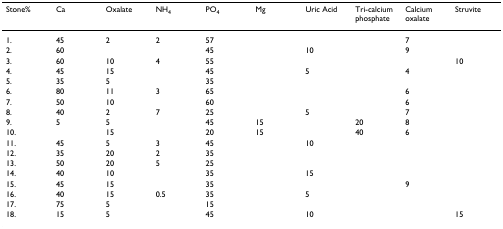
<table><thead><tr><td><b>Stone%</b></td><td><b>Ca</b></td><td><b>Oxalate</b></td><td><b>NH<sub>4</sub></b></td><td><b>PO<sub>4</sub></b></td><td><b>Mg</b></td><td><b>Uric Acid</b></td><td><b>Tri-calcium phosphate</b></td><td><b>Calcium oxalate</b></td><td><b>Struvite</b></td></tr></thead><tbody><tr><td>1.</td><td>45</td><td>2</td><td>2</td><td>57</td><td></td><td></td><td></td><td>7</td><td></td></tr><tr><td>2.</td><td>60</td><td></td><td></td><td>45</td><td></td><td>10</td><td></td><td>9</td><td></td></tr><tr><td>3.</td><td>60</td><td>10</td><td>4</td><td>55</td><td></td><td></td><td></td><td></td><td>10</td></tr><tr><td>4.</td><td>45</td><td>15</td><td></td><td>45</td><td></td><td>5</td><td></td><td>4</td><td></td></tr><tr><td>5.</td><td>35</td><td>5</td><td></td><td>35</td><td></td><td></td><td></td><td></td><td></td></tr><tr><td>6.</td><td>80</td><td>11</td><td>3</td><td>65</td><td></td><td></td><td></td><td>6</td><td></td></tr><tr><td>7.</td><td>50</td><td>10</td><td></td><td>60</td><td></td><td></td><td></td><td>6</td><td></td></tr><tr><td>8.</td><td>40</td><td>2</td><td>7</td><td>25</td><td></td><td>5</td><td></td><td>7</td><td></td></tr><tr><td>9.</td><td>5</td><td>5</td><td></td><td>45</td><td>15</td><td></td><td>20</td><td>8</td><td></td></tr><tr><td>10.</td><td></td><td>15</td><td></td><td>20</td><td>15</td><td></td><td>40</td><td>6</td><td></td></tr><tr><td>11.</td><td>45</td><td>5</td><td>3</td><td>45</td><td></td><td>10</td><td></td><td></td><td></td></tr><tr><td>12.</td><td>35</td><td>20</td><td>2</td><td>35</td><td></td><td></td><td></td><td></td><td></td></tr><tr><td>13.</td><td>50</td><td>20</td><td>5</td><td>25</td><td></td><td></td><td></td><td></td><td></td></tr><tr><td>14.</td><td>40</td><td>10</td><td></td><td>35</td><td></td><td>15</td><td></td><td></td><td></td></tr><tr><td>15.</td><td>45</td><td>15</td><td></td><td>35</td><td></td><td></td><td></td><td>9</td><td></td></tr><tr><td>16.</td><td>40</td><td>15</td><td>0.5</td><td>35</td><td></td><td>5</td><td></td><td></td><td></td></tr><tr><td>17.</td><td>75</td><td>5</td><td></td><td>15</td><td></td><td></td><td></td><td></td><td></td></tr><tr><td>18.</td><td>15</td><td>5</td><td></td><td>45</td><td></td><td>10</td><td></td><td></td><td>15</td></tr></tbody></table>